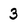
Character: 3